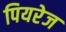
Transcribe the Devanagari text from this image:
पियरेज